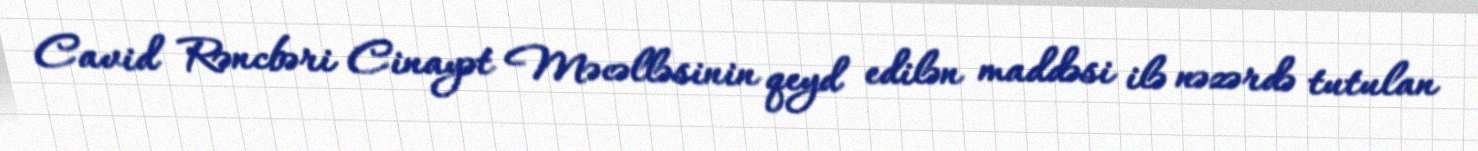
Cavid Rəncbəri Cinayət Məcəlləsinin qeyd edilən maddəsi ilə nəzərdə tutulan